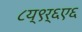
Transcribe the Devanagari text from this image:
८य्९र्६ए६